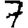
Digit: 7